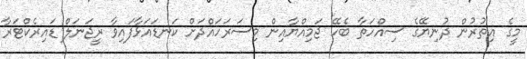
މީގެ އިތުރުން ދުނިޔޭގެ ސިއްހަތާ ބެހޭ ޖަމިއްޔާއިން މިސަރަހައްދަށް ކަނޑައަޅާފައިވާ ރީޖަނަލް ޑައިރެކްޓަރާ